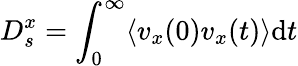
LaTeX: D_{s}^{x}=\int_{0}^{\infty}\langle v_{x}(0)v_{x}(t)\rangle\textrm{d}t